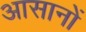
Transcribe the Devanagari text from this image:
आसानों